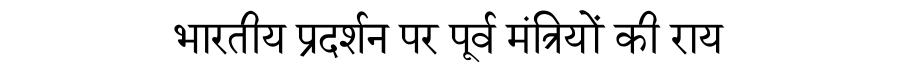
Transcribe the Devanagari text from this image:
भारतीय प्रदर्शन पर पूर्व मंत्रियों की राय